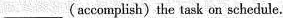
___ (accomplish) the task on schedule.